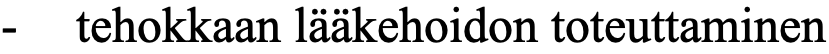
-  tehokkaan lääkehoidon toteuttaminen